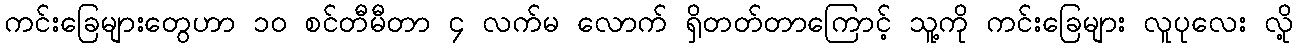
ကင်းခြေများတွေဟာ ၁၀ စင်တီမီတာ ၄ လက်မ လောက် ရှိတတ်တာကြောင့် သူ့ကို ကင်းခြေများ လူပုလေး လို့